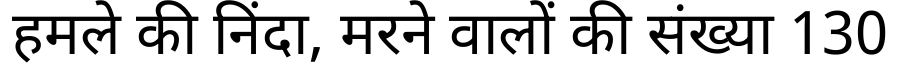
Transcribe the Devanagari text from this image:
हमले की निंदा, मरने वालों की संख्या 130